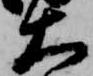
大